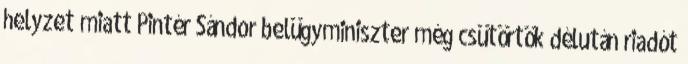
helyzet miatt Pintér Sándor belügyminiszter még csütörtök délután riadót